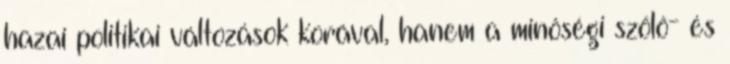
hazai politikai változások korával, hanem a minôségi szôlô- és